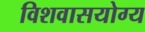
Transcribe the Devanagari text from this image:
विशवासयोग्य